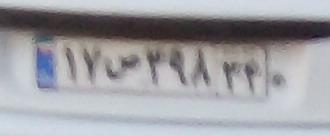
۱۷ص۳۹۸۳۴